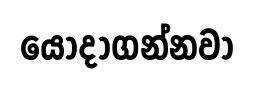
යොදාගන්නවා